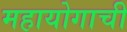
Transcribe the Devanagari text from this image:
महायोगाची